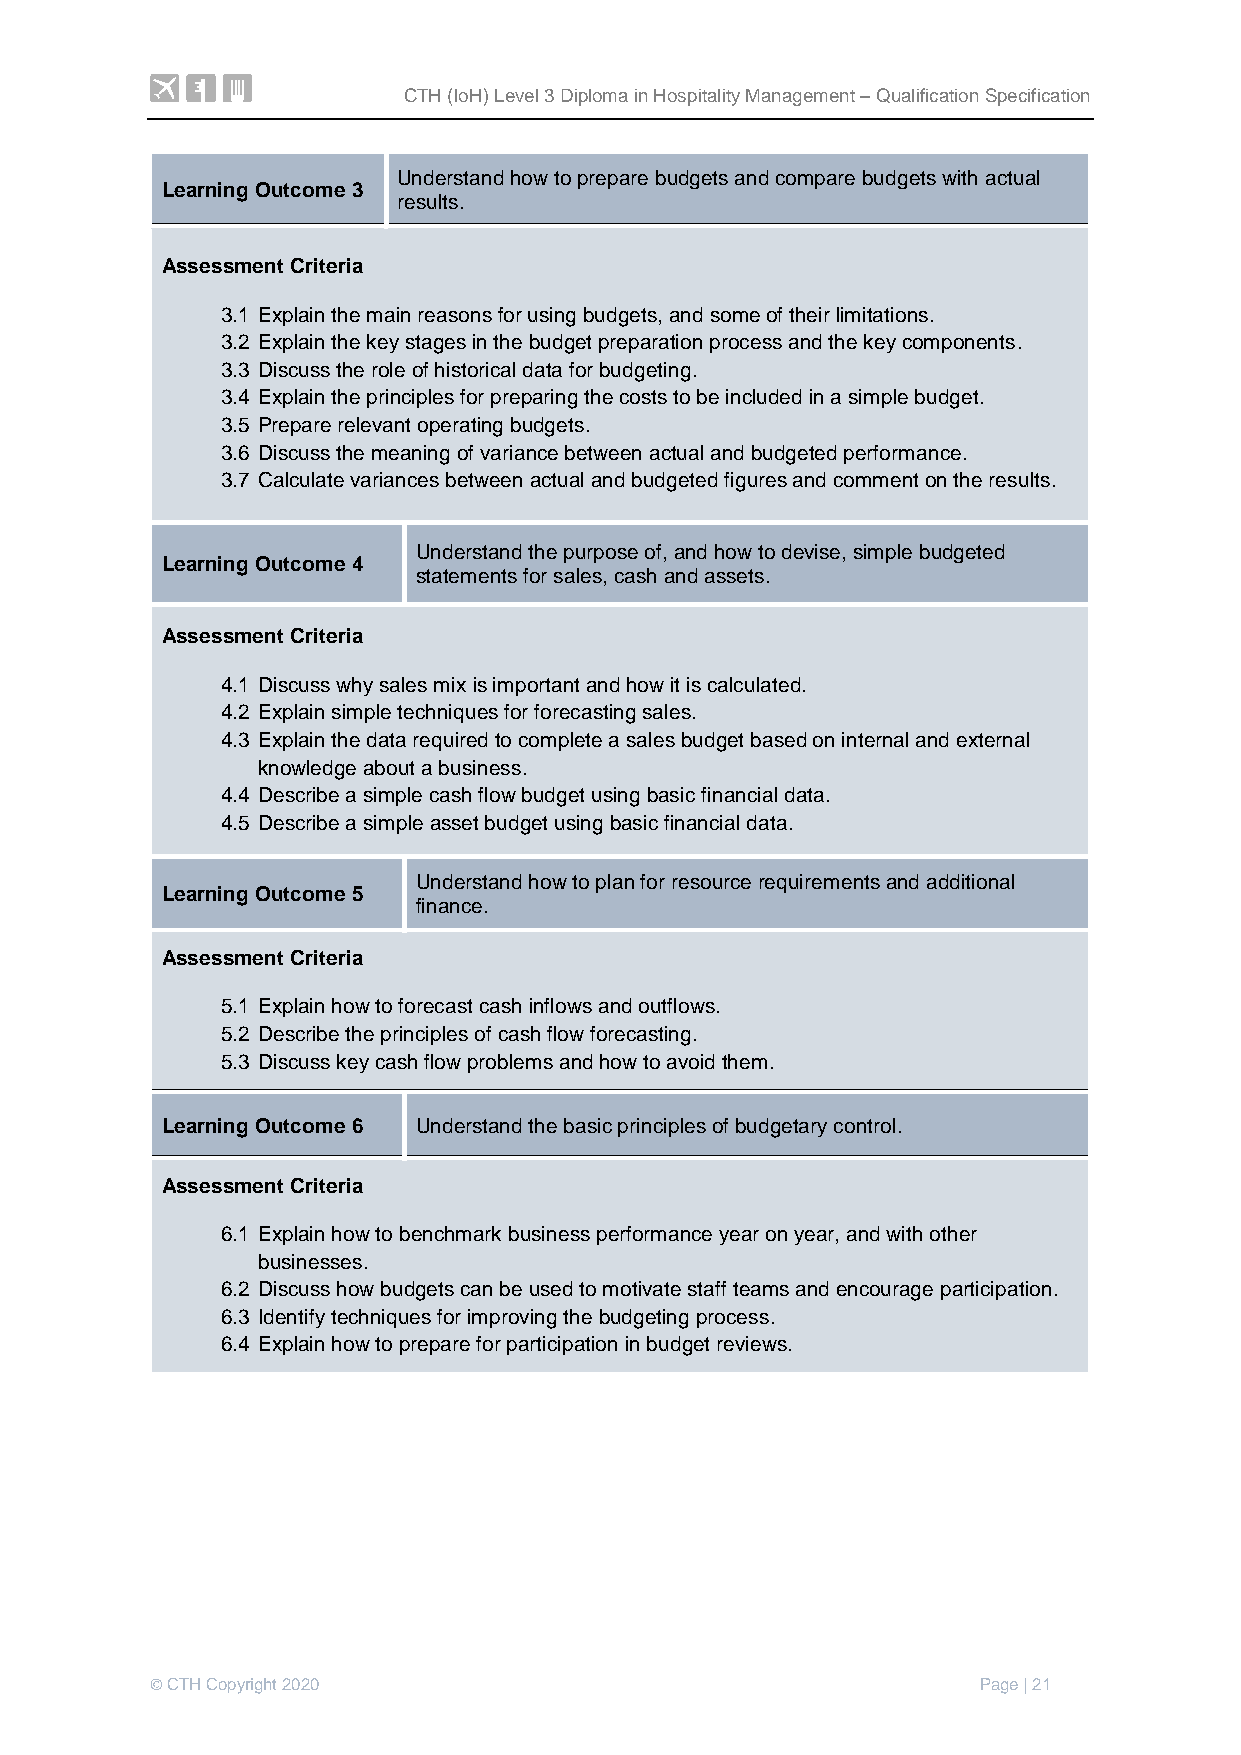
CTH (IoH) Level 3 Diploma in Hospitality Management – Qualification Specification
 Understand how to prepare budgets and compare budgets with actual
 Learning Outcome 3
 results.
 Assessment Criteria
 3.1 Explain the main reasons for using budgets, and some of their limitations.
 3.2 Explain the key stages in the budget preparation process and the key components.
 3.3 Discuss the role of historical data for budgeting.
 3.4 Explain the principles for preparing the costs to be included in a simple budget.
 3.5 Prepare relevant operating budgets.
 3.6 Discuss the meaning of variance between actual and budgeted performance.
 3.7 Calculate variances between actual and budgeted figures and comment on the results.
 Understand the purpose of, and how to devise, simple budgeted
 Learning Outcome 4
 statements for sales, cash and assets.
 Assessment Criteria
 4.1 Discuss why sales mix is important and how it is calculated.
 4.2 Explain simple techniques for forecasting sales.
 4.3 Explain the data required to complete a sales budget based on internal and external
 knowledge about a business.
 4.4 Describe a simple cash flow budget using basic financial data.
 4.5 Describe a simple asset budget using basic financial data.
 Understand how to plan for resource requirements and additional
 Learning Outcome 5
 finance.
 Assessment Criteria
 5.1 Explain how to forecast cash inflows and outflows.
 5.2 Describe the principles of cash flow forecasting.
 5.3 Discuss key cash flow problems and how to avoid them.
 Learning Outcome 6 Understand the basic principles of budgetary control.
 Assessment Criteria
 6.1 Explain how to benchmark business performance year on year, and with other
 businesses.
 6.2 Discuss how budgets can be used to motivate staff teams and encourage participation.
 6.3 Identify techniques for improving the budgeting process.
 6.4 Explain how to prepare for participation in budget reviews.
 © CTH Copyright 2020                                   Page | 21